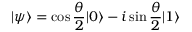
| \psi \rangle = \cos { \frac { \theta } { 2 } } \ensuremath { | 0 \rangle } - i \sin { \frac { \theta } { 2 } } \ensuremath { | 1 \rangle }